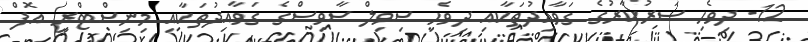
12- ދިވެހި ސަރުކާރުގެ ގަވާއިދުތަކާއި ދިވެހި ސިވިލް ސާވިސްގެ ގަވާއިދުތަކާއި މިނިސްޓްރީ އޮފް